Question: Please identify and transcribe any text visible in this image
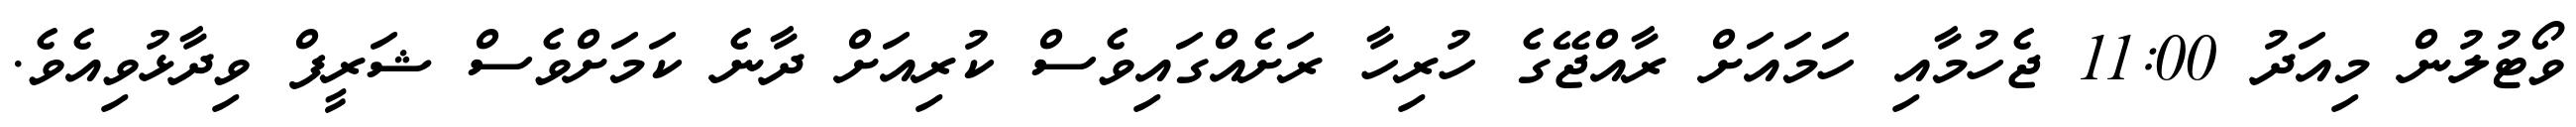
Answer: ވޯޓުލުން މިއަދު 11:00 ޖެހުމާއި ހަމައަށް ރާއްޖޭގެ ހުރިހާ ރަށެއްގައިވެސް ކުރިއަށް ދާނެ ކަމަށްވެސް ޝަރީފް ވިދާޅުވިއެވެ.